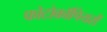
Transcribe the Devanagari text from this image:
फोटोकॉपियरों